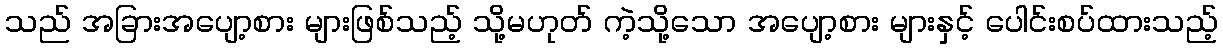
သည် အခြားအပျော့စား များဖြစ်သည့် သို့မဟုတ် ကဲ့သို့သော အပျော့စား များနှင့် ပေါင်းစပ်ထားသည့်